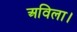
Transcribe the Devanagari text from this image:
अविला।